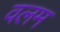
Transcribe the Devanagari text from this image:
वलम